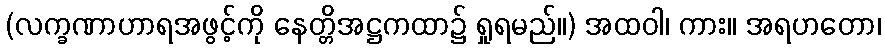
(လက္ခဏာဟာရအဖွင့်ကို နေတ္တိအဋ္ဌကထာ၌ ရှုရမည်။) အထဝါ၊ ကား။ အရဟတော၊